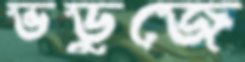
ভডুজে